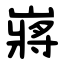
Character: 嶈